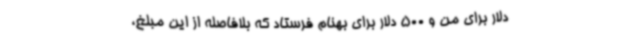
دلار برای من و 500 دلار برای بهنام فرستاد که بلافاصله از این مبلغ،